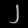
Digit: ၂